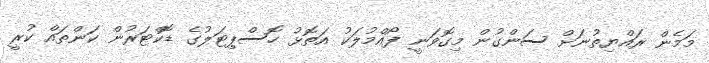
މަމެން ރައްޔިތުނަށް ސަންގުން މިގޮވަނީ ފޯއްމުލަކު އަތޮޅު ހޮސްޕިޓަލުގެ ޑޮކްޓަރުން ކަންތައް ކުރީ